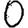
Digit: 0